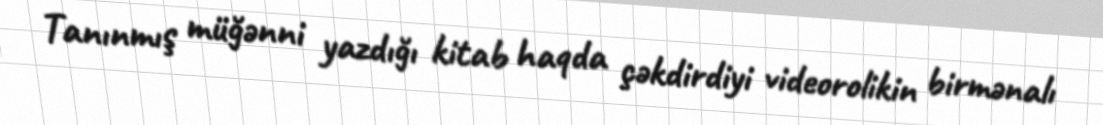
Tanınmış müğənni yazdığı kitab haqda çəkdirdiyi videorolikin birmənalı